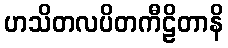
ဟသိတလပိတကီဠိတာနိ